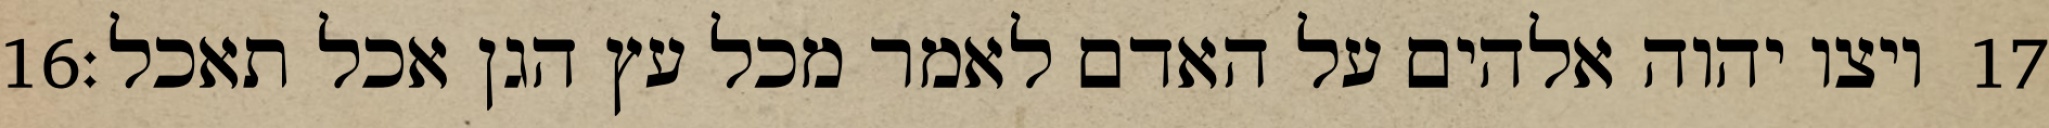
‎16‏ ויצו יהוה אלהים על האדם לאמר מכל עץ הגן אכל תאכל׃ ‎17‏